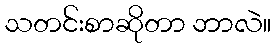
သတင်းစာဆိုတာ ဘာလဲ။